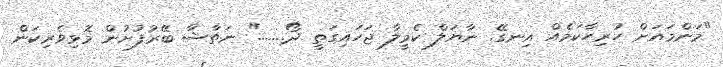
"މަންމައަށް ހުރިހާކަމެއް އިނގޭ. ނާޔަލް ކެމީލާ ޖަހައިގަތީ ދޯ......." ނަތާޝާ ބޭރުފުށުން މޮޅިވެރިކަން